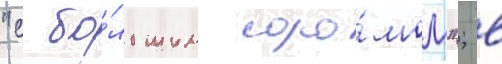
"с бо́льшим соро́мом"; в